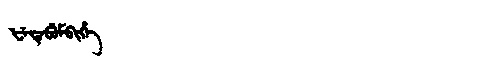
Manchu: ᡶᡝᡨᡝᠪᡠᠮᠪᡳᡥᡝ
Romanization: FETEBUMBIHE